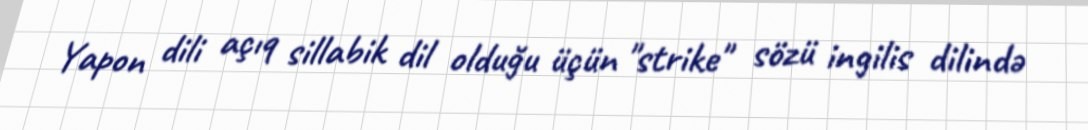
Yapon dili açıq sillabik dil olduğu üçün "strike" sözü ingilis dilində